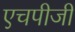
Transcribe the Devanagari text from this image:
एचपीजी